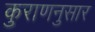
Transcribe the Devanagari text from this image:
कुराणनुसार